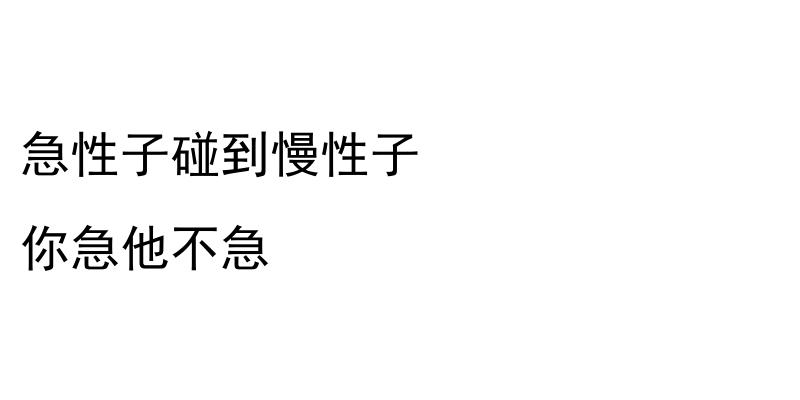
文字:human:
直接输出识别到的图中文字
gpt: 急性子碰到慢性子 你急他不急